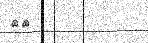
٥٠